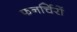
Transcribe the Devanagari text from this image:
फनर्चिरों